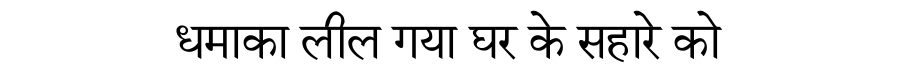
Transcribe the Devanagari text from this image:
धमाका लील गया घर के सहारे को